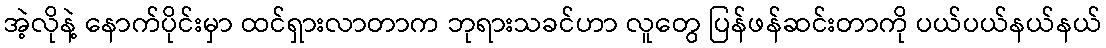
အဲ့လိုနဲ့ နောက်ပိုင်းမှာ ထင်ရှားလာတာက ဘုရားသခင်ဟာ လူတွေ ပြန်ဖန်ဆင်းတာကို ပယ်ပယ်နယ်နယ်